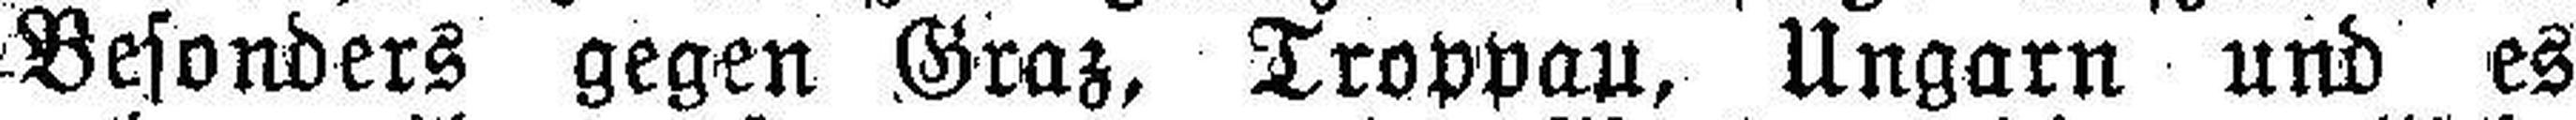
Besonders gegen Graz, Troppau, Ungarn und es